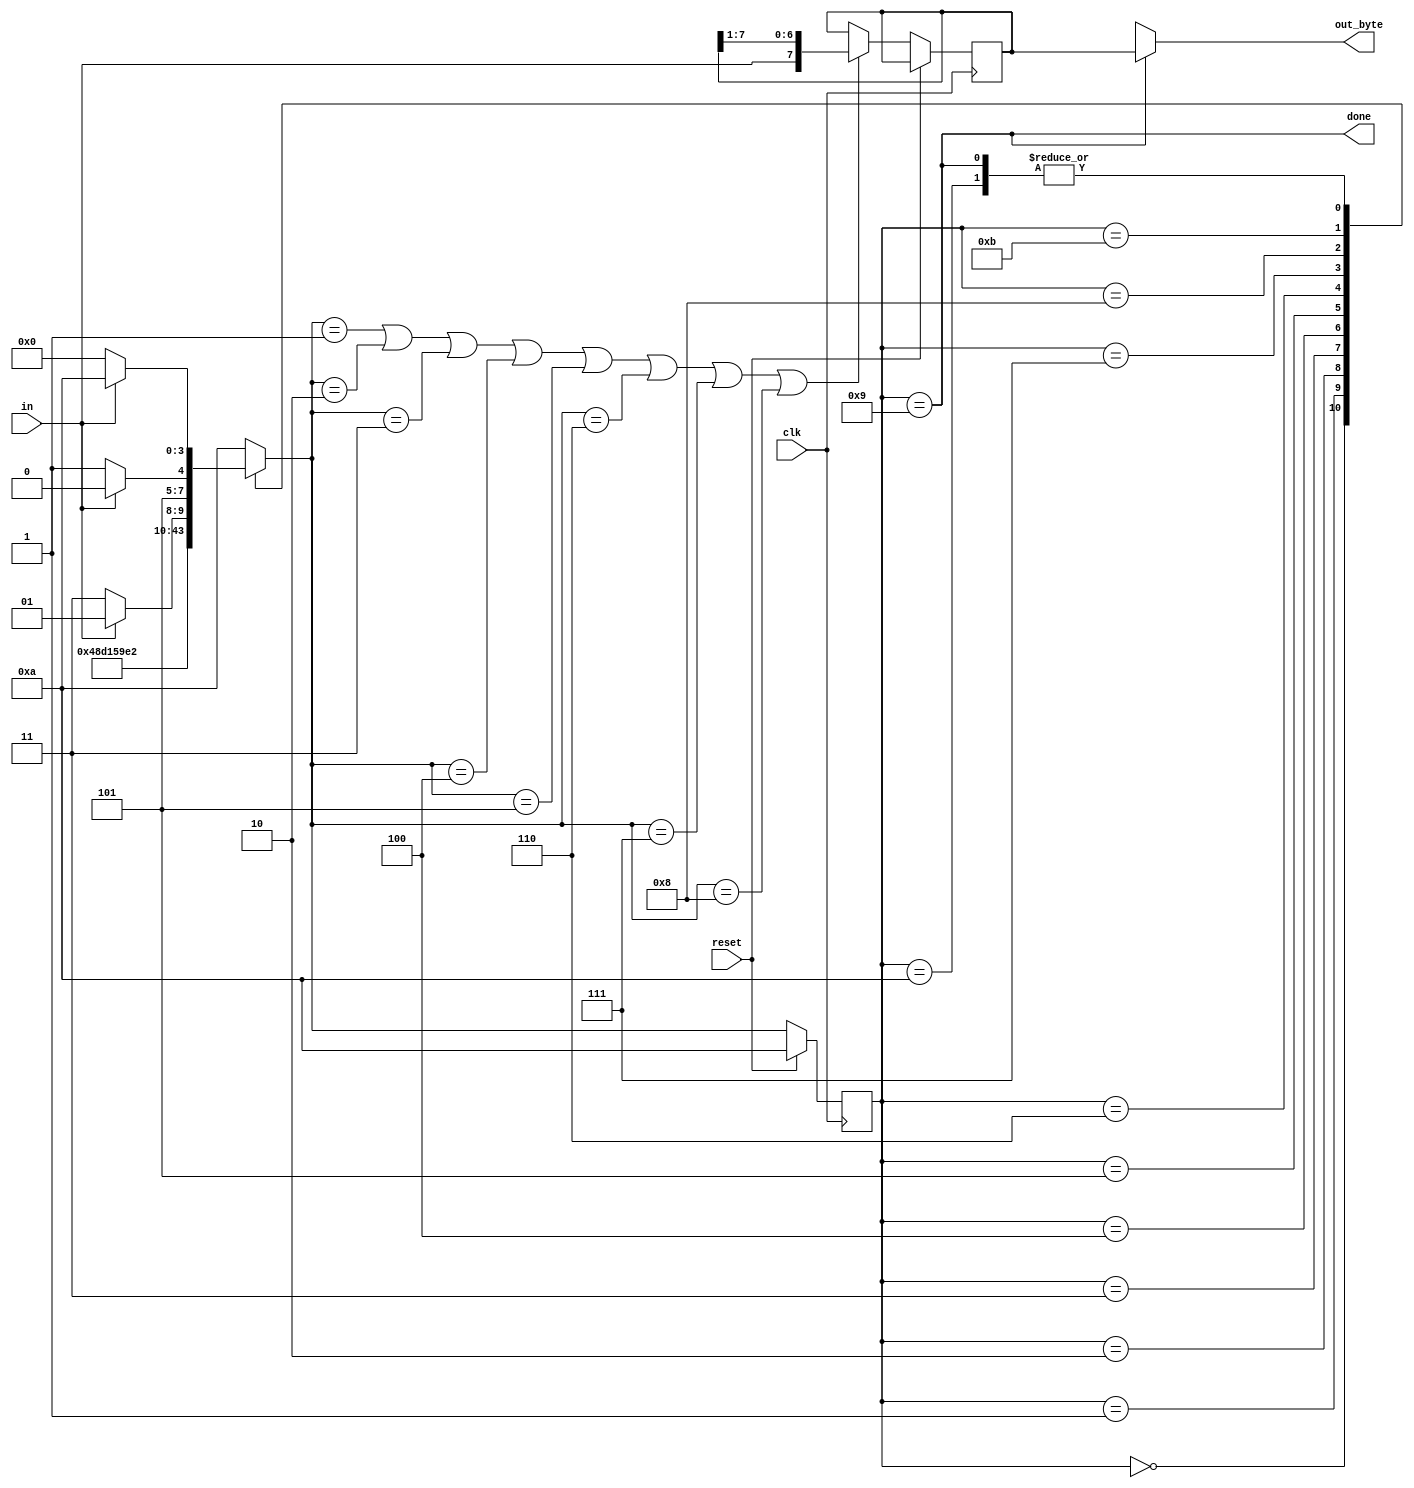
module top_module(
    input clk,
    input in,
    input reset,    // Synchronous reset
    output [7:0] out_byte,
    output done
); //

    // Use FSM from Fsm_serial
    parameter start=0, bit1=1, bit2=2, bit3=3, bit4=4, bit5=5, bit6=6, bit7=7, bit8=8, stop=9, idle=10, WAIT=11;
    reg [3:0] state, nextstate;
    reg [7:0] data;
    
    always @(*) begin
        case (state)
            start: nextstate = bit1;
            bit1: nextstate = bit2;
            bit2: nextstate = bit3;
            bit3: nextstate = bit4;
            bit4: nextstate = bit5;
            bit5: nextstate = bit6;
            bit6: nextstate = bit7;
            bit7: nextstate = bit8;
            bit8: nextstate = in ? stop : WAIT;
            WAIT: nextstate = in ? idle : WAIT;
            stop: nextstate = in ? idle : start;
            idle: nextstate = in ? idle : start;
            default: nextstate = idle;
        endcase
    end
    
    always @(posedge clk) begin
        if (reset) state <= idle;
        else begin
            state <= nextstate;
            if (nextstate == bit1 || nextstate == bit2 || nextstate == bit3 || nextstate == bit4 || nextstate == bit5 || nextstate == bit6 || nextstate == bit7 || nextstate == bit8) begin
                data <= {in, data[7], data[6], data[5], data[4], data[3], data[2], data[1]};
            end
            else data <= data;
        end
    end
    
    assign done = (state == stop);
    assign out_byte = done ? data : 8'bx;

    // New: Datapath to latch input bits.

endmodule